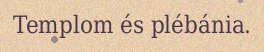
Templom és plébánia.